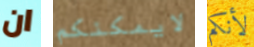
ان لايمكنكم لأنكم